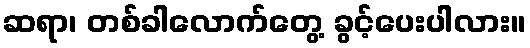
ဆရာ၊ တစ်ခါလောက်တွေ့ ခွင့်ပေးပါလား။